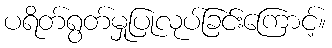
ပရိတ်ရွတ်မှုပြုလုပ်ခြင်းကြောင့်။